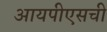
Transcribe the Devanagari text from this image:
आयपीएसची